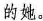
的她。